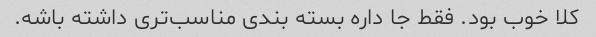
کلا خوب بود. فقط جا داره بسته بندی مناسب‌تری داشته باشه.